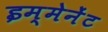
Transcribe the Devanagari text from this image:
इम्मेनेंट